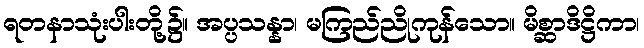
ရတနာသုံးပါးတို့၌။ အပ္ပသန္နာ၊ မကြည်ညိုကုန်သော။ မိစ္ဆာဒိဋ္ဌိကာ၊